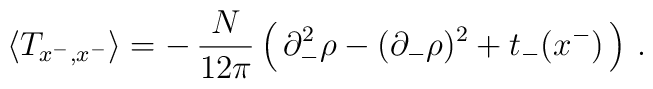
\langle T_{x^- ,x^- } \rangle =-\,\frac{N}{12\pi}\left(\,\partial_{-}^{2} \rho -(\partial_{-} \rho)^2 +t_- (x^- )\,\right)\,.